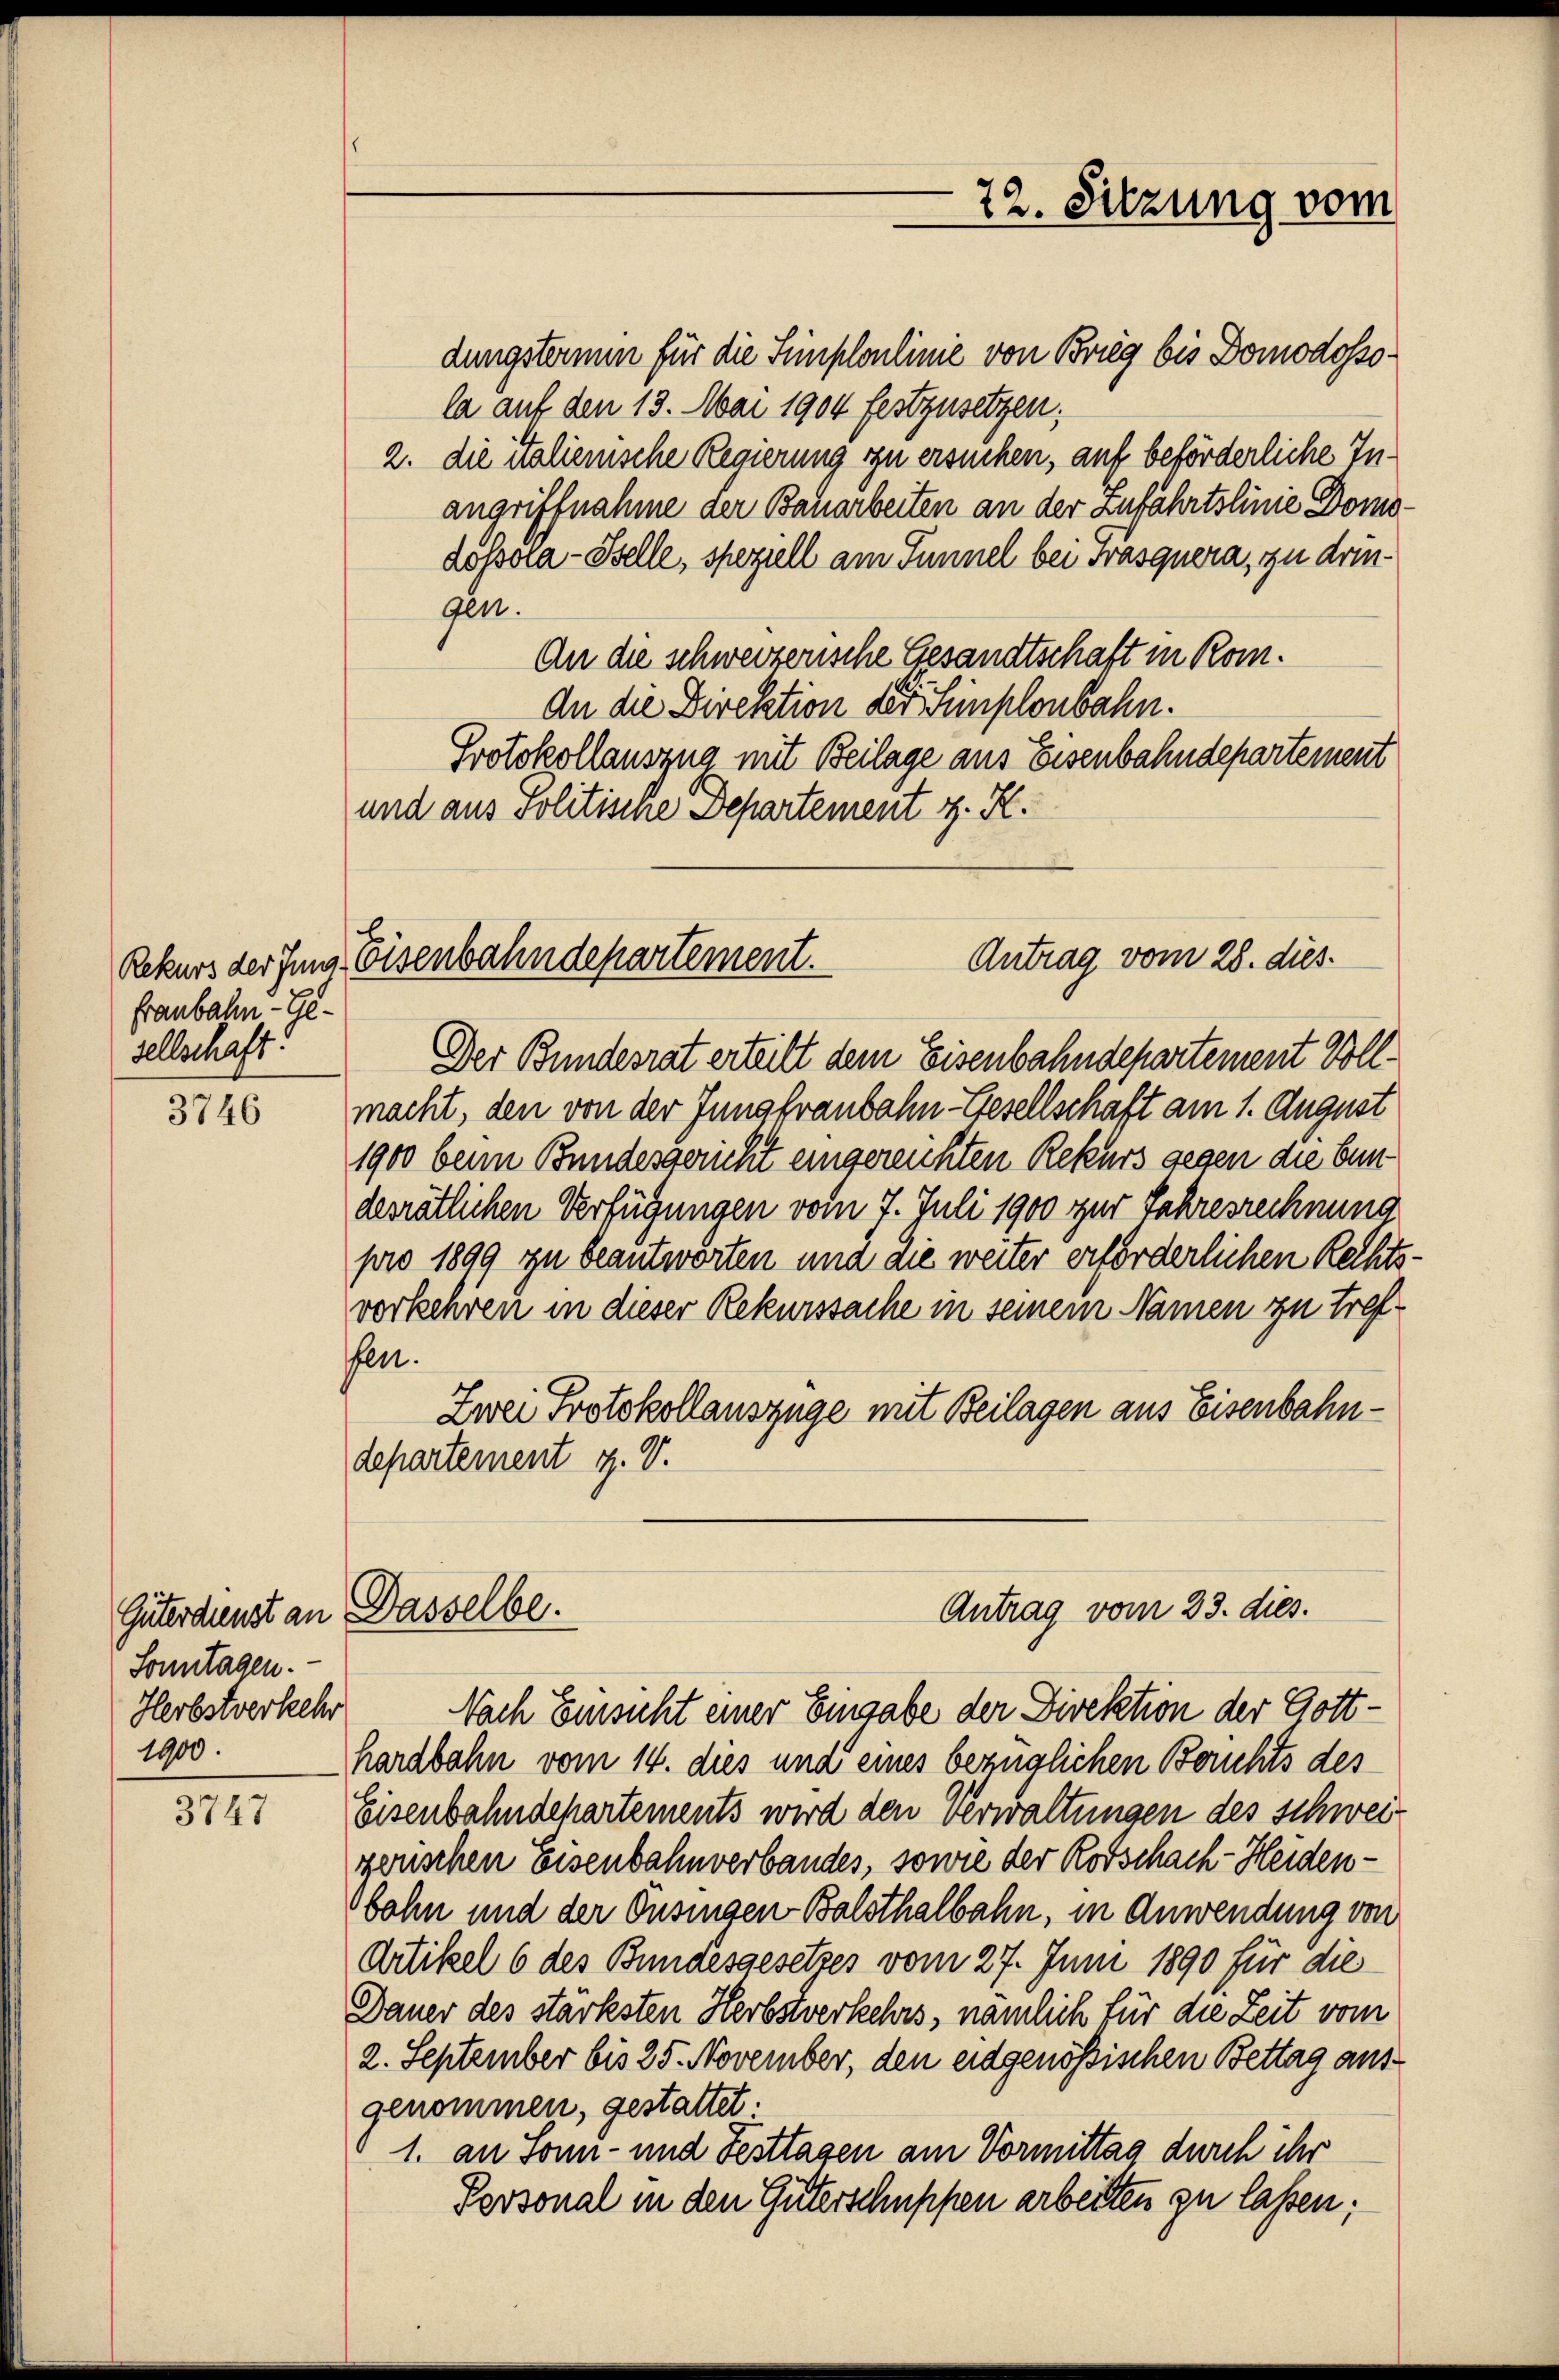
franbahn- Gesellschaft!

3746

Güterdienst an
Sonntagen.
Herbstverkehr
1900.

3747

dungsterium für die Simploulinie von Brieg bis Domodossola auf den 13. Mai 1904 festzusetzen;
2. die italienische Regierung zu ersuchen, auf beförderliche Inangriffnahme der Bauarbeiten an der zufahrtslinie Domo¬
Lössora-Belle, speziell am Tunnel bei Frasquera, zu dringen.
An die schweizerische Gesandtschaft in Kom¬
An die Direktion der Simplonbahn.
Protokollauszug mit Beilage aus Eisenbahndepartement
und aus Politische Departement z. K.

Der Bundesrat erteilt dem Eisenbahndepartement Vollmacht, den von der Jungfraubahn-Gesellschaft am 1. August
1900 beim Bundesgericht eingereichten Rekurs gegen die bun
desrätlichen Verfügungen vom 7. Juli 1900 zur Jahresrechnung
pro 1899 zu beantworten und die weiter erforderlichen Rechtsvorkehren in dieser Rekurssache in seinem Namen zu treffen.
Zwei Protokollauszüge mit Beilagen aus Eisenbahndepartement z. V.

Antrag vom 28. dies
Rekurs der Jung Eisenbahndepartement.

Dasselbe.

Nach Einsicht einer Eingabe der Direktion der Gotthardbahn vom 14. dies und eines bezüglichen Berichts des
Eisenbahndepartements wird den Verwaltungen des Schweizerischen Eisenbahnverbandes, sowie der Korschach-Heidenbohn und der Ousingen Balsthalbahn, in Anwendung von
Artikel 6 des Bundesgesetzes vom 27. Juni 1890 für die
Dauer des stärksten Herbstverkehrs, nämlich für die Zeit vom
2. September bis 25. November, den eidgenössischen Bettag ausgenommen, gestattet.
1. an Sonn- und Festtagen am Vormittag durch ihr
Personal in den Güterschuppen arbeiten zu lassen;

72. Sitzung vom

Antrag vom 23. dies.